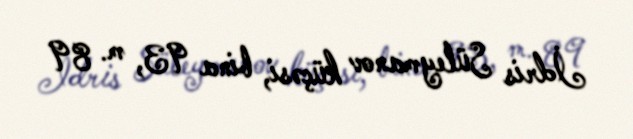
İdris Süleymanov küçəsi, bina 93, m. 89